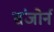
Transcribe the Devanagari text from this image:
संजोर्न